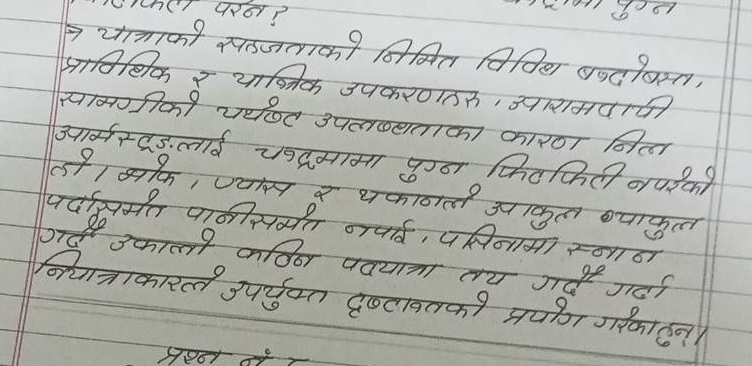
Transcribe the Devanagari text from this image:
परन ?
→ यात्राको सहजताको निमित विविध बन्दोबस्त,
प्राविधिक र यात्रिक उपकरणहरु, आरामदायी
सामग्रीको चर्थष्ट उपलब्धताका कारण नित्ल
आर्मस्ट्रङ्गलाई चन्द्रमामा पुग्न फिटफिटी नपरेको
हो। मोक, ज्यास र थकाणी आकुल ब्याकुल
पर्दासमेत पानीसमेत नपाई, पसिनामा स्नान
गर्दै उकालो कठिन पदयात्रा तय गर्दै गर्दा
नियात्राकारले उपर्युक्त दृष्टावतको प्रयोग गरेका हुन् ।
प्रश्न नं